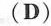
(D)